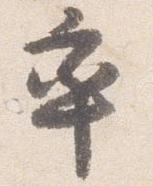
率